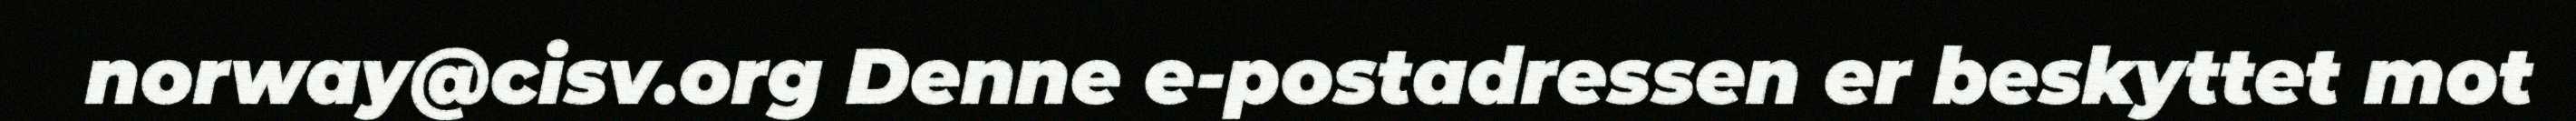
norway@cisv.org Denne e-postadressen er beskyttet mot